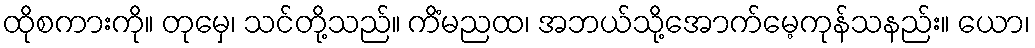
ထိုစကားကို။ တုမှေ၊ သင်တို့သည်။ ကိံမညထ၊ အဘယ်သို့အောက်မေ့ကုန်သနည်း။ ယော၊